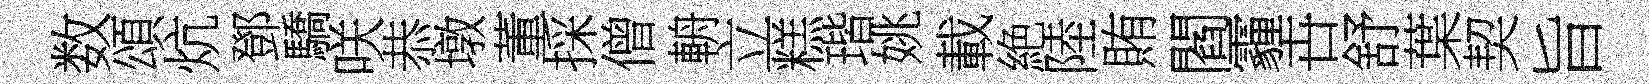
数頌炕鄧驕咲恭墩董採僧輈立糕瑎姚載絶陸賄閻霾卋舒葉契旨